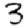
Digit: 3